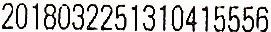
2018032251310415556